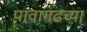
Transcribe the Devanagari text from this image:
पावागढच्या